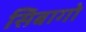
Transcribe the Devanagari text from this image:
सिबागो